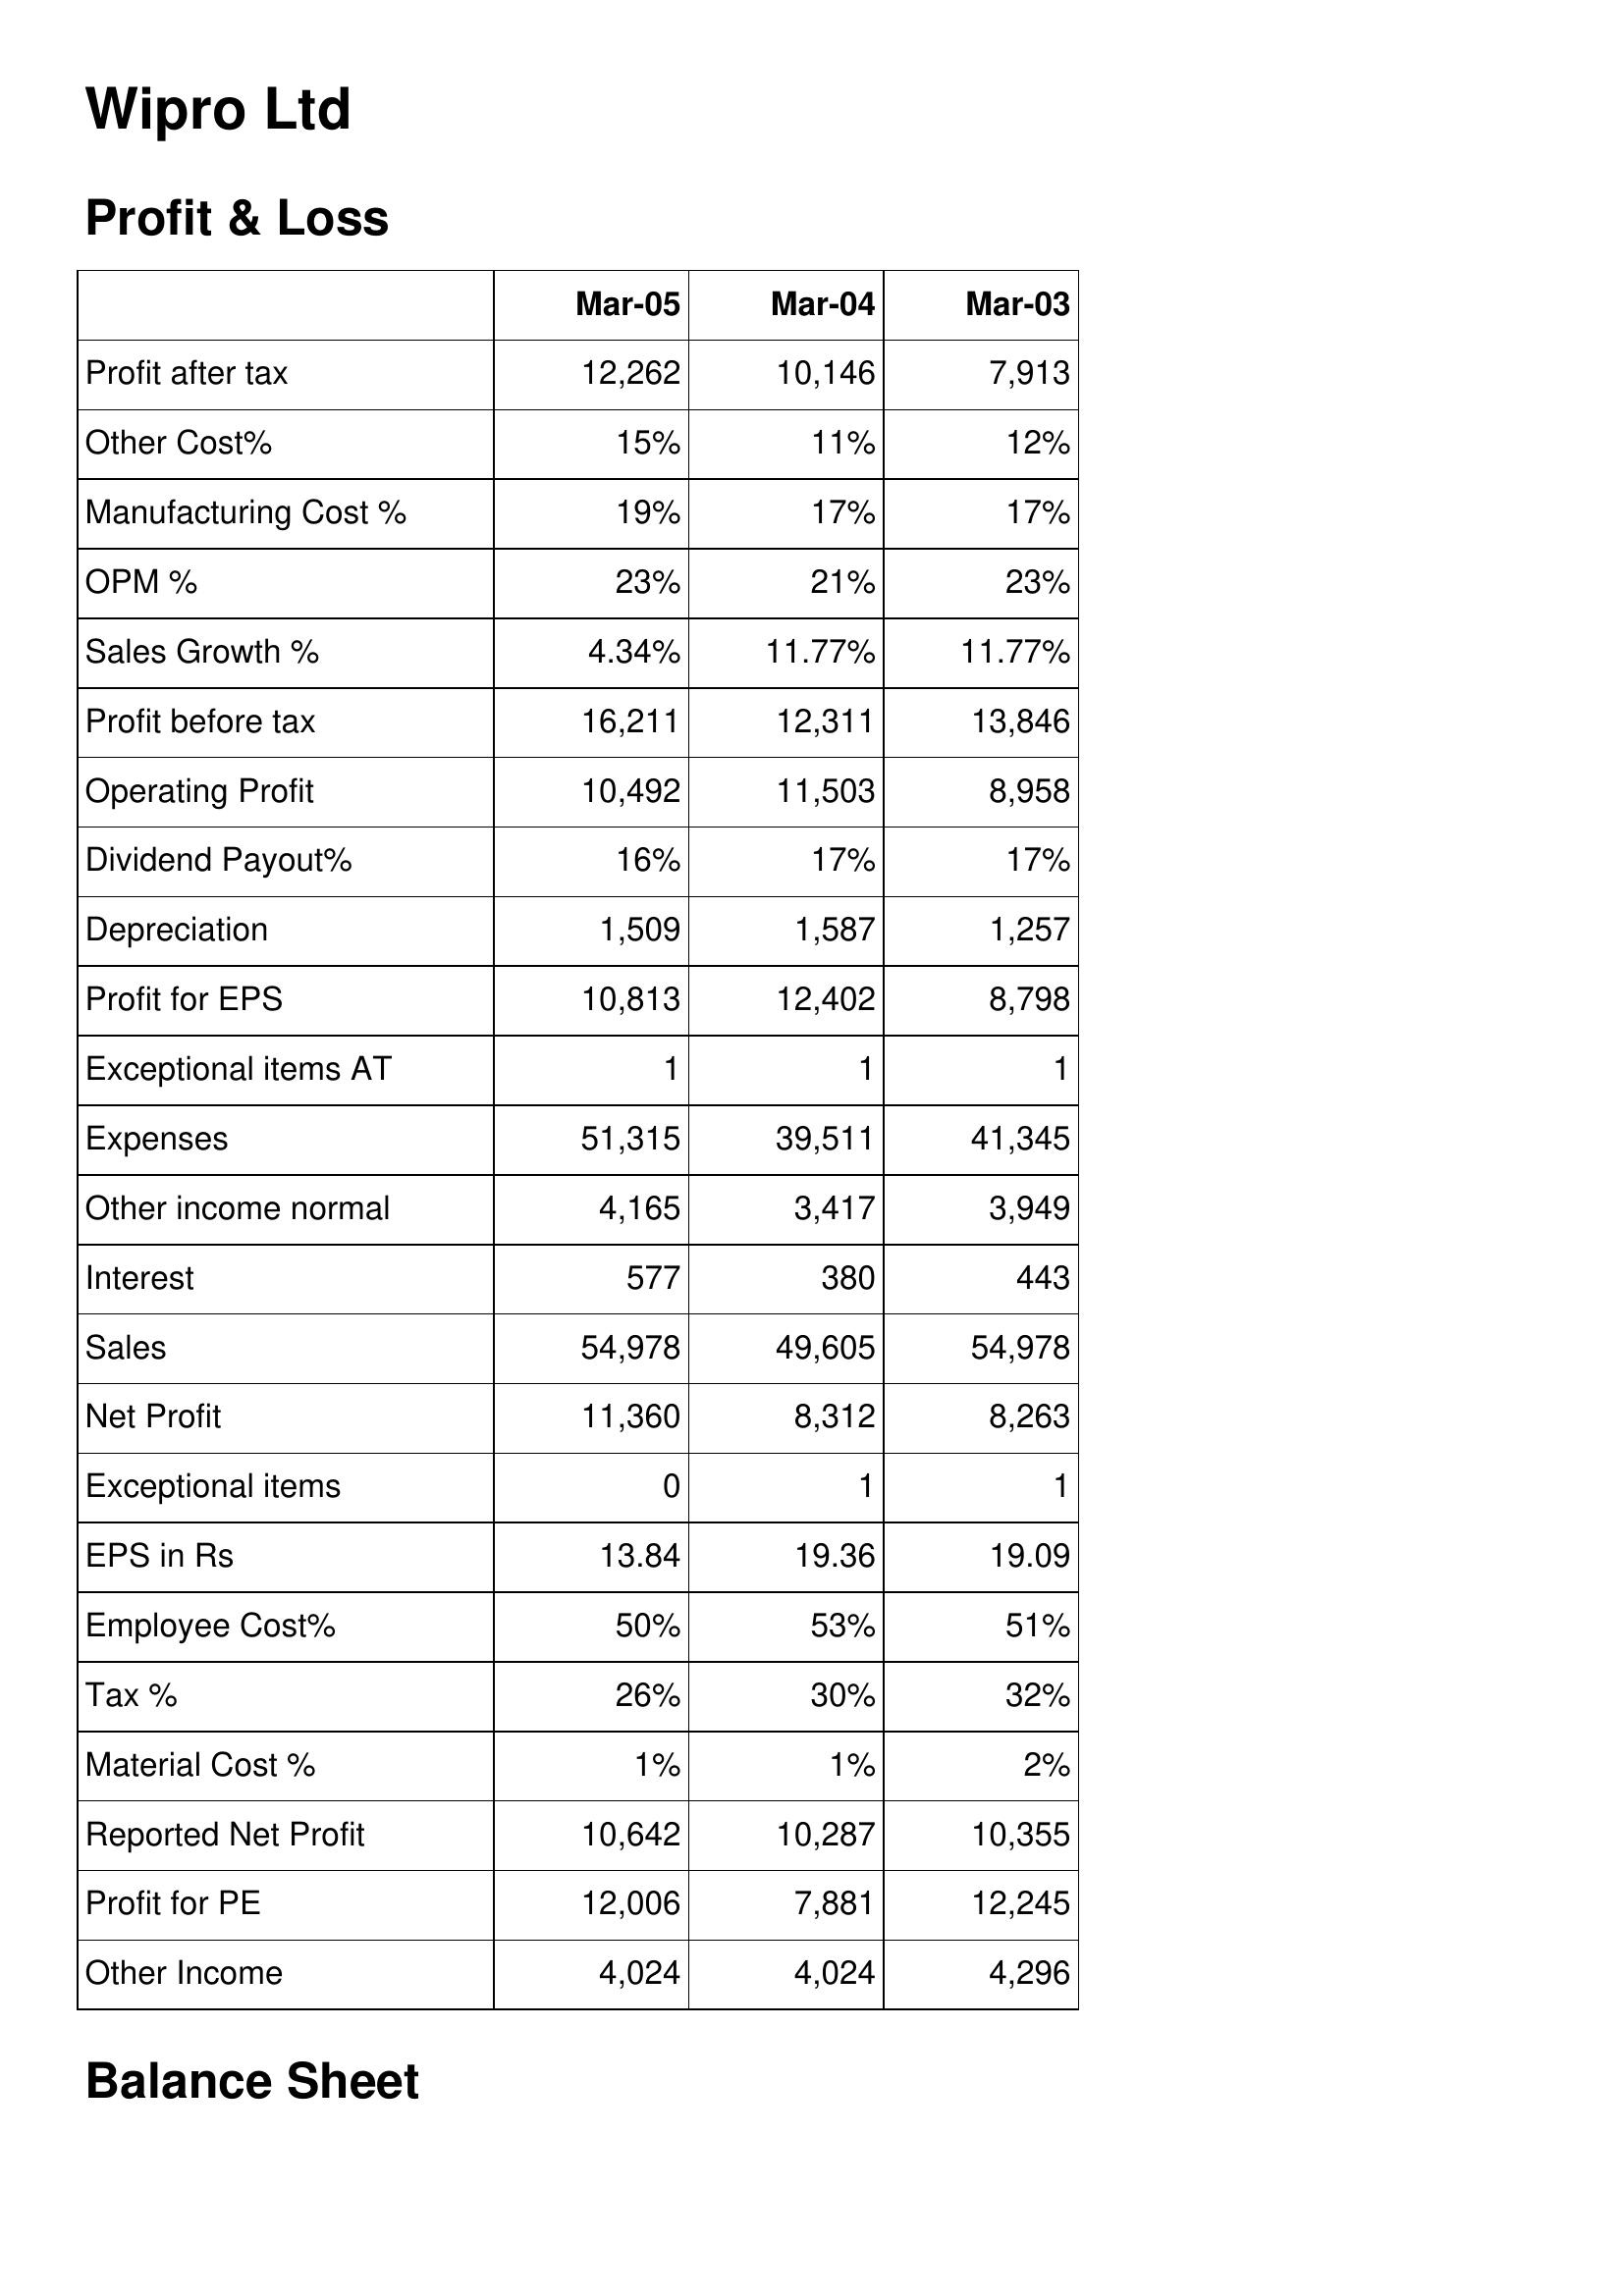
Mar-05: Profit & Loss: Profit after tax: 12,262
Other Cost%: 15%
Manufacturing Cost %: 19%
OPM %: 23%
Sales Growth %: 4.34%
Profit before tax: 16,211
Operating Profit: 10,492
Dividend Payout%: 16%
Depreciation: 1,509
Profit for EPS: 10,813
Exceptional items AT: 1
Expenses: 51,315
Other income normal: 4,165
Interest: 577
Sales: 54,978
Net Profit: 11,360
Exceptional items: 0
EPS in Rs: 13.84
Employee Cost%: 50%
Tax %: 26%
Material Cost %: 1%
Reported Net Profit: 10,642
Profit for PE: 12,006
Other Income: 4,024
Mar-04: Profit & Loss: Profit after tax: 10,146
Other Cost%: 11%
Manufacturing Cost %: 17%
OPM %: 21%
Sales Growth %: 11.77%
Profit before tax: 12,311
Operating Profit: 11,503
Dividend Payout%: 17%
Depreciation: 1,587
Profit for EPS: 12,402
Exceptional items AT: 1
Expenses: 39,511
Other income normal: 3,417
Interest: 380
Sales: 49,605
Net Profit: 8,312
Exceptional items: 1
EPS in Rs: 19.36
Employee Cost%: 53%
Tax %: 30%
Material Cost %: 1%
Reported Net Profit: 10,287
Profit for PE: 7,881
Other Income: 4,024
Mar-03: Profit & Loss: Profit after tax: 7,913
Other Cost%: 12%
Manufacturing Cost %: 17%
OPM %: 23%
Sales Growth %: 11.77%
Profit before tax: 13,846
Operating Profit: 8,958
Dividend Payout%: 17%
Depreciation: 1,257
Profit for EPS: 8,798
Exceptional items AT: 1
Expenses: 41,345
Other income normal: 3,949
Interest: 443
Sales: 54,978
Net Profit: 8,263
Exceptional items: 1
EPS in Rs: 19.09
Employee Cost%: 51%
Tax %: 32%
Material Cost %: 2%
Reported Net Profit: 10,355
Profit for PE: 12,245
Other Income: 4,296